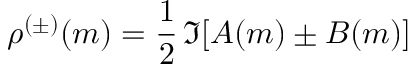
\rho ^ { ( \pm ) } ( m ) = { \frac { 1 } { 2 } } \, \Im [ A ( m ) \pm B ( m ) ]